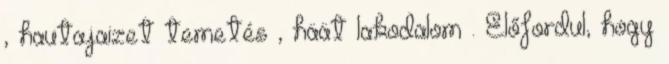
, hautajaizet temetés , häät lakodalom . Előfordul, hogy